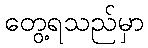
တွေ့ရသည်မှာ